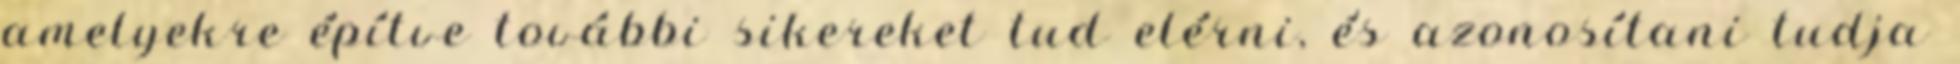
amelyekre építve további sikereket tud elérni, és azonosítani tudja